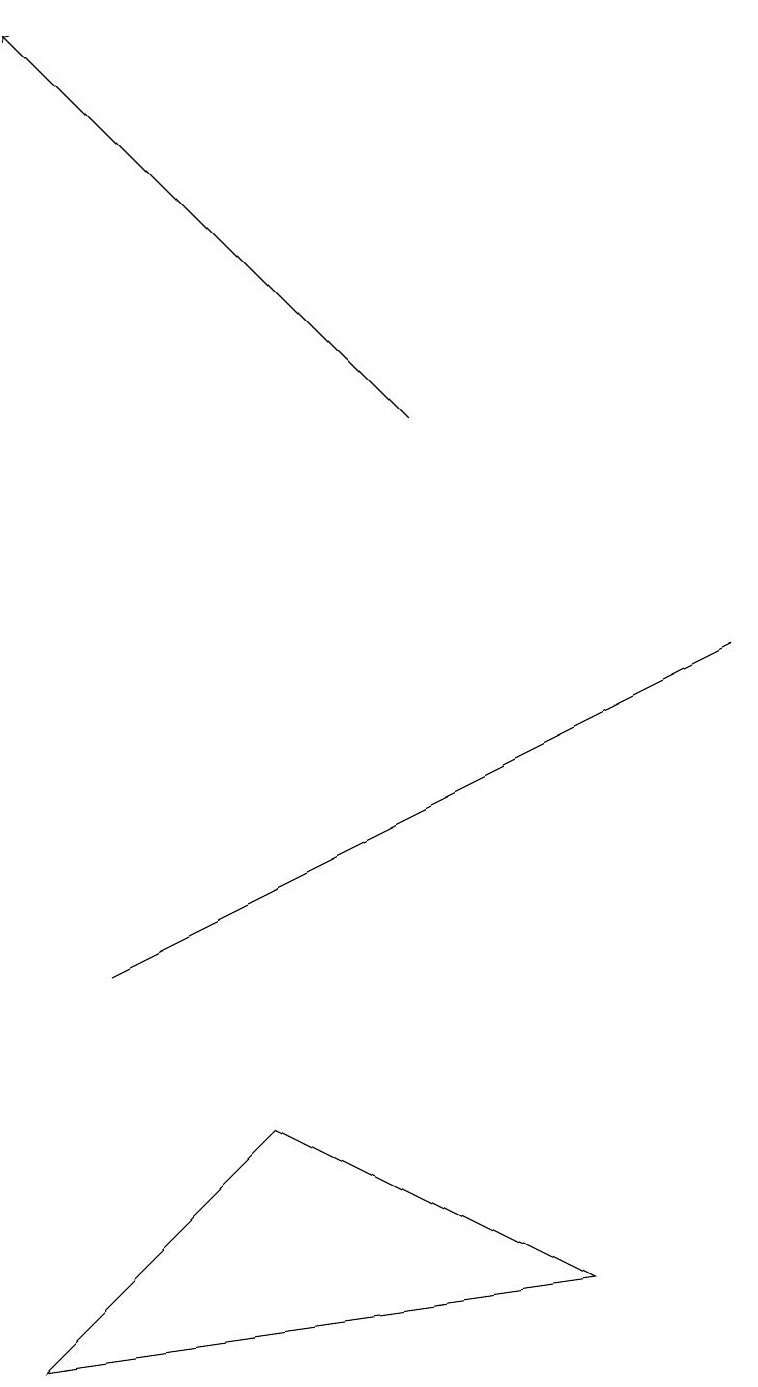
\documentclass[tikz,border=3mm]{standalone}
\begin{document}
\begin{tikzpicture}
\draw[->] (5,12) -- (0,17);
\draw (9,9) -- (3,6) -- (1,5) -- cycle;
\draw (0,0) -- (7,1) -- (3,3) -- cycle;
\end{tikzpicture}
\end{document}